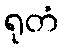
ရုတံ